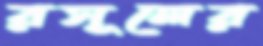
রসূলের